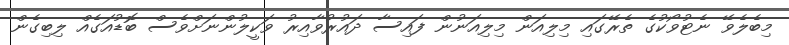
މިބެލެވޭ ނެޓުވޯކުގެ ތެރޭގައި މިލިއަން މިލިއަނުން ފައިސާ ދައުރުވާއިރު ވަކީލުންނަށްވެސް ބޮޑުއަގެއް ލިބިގެން